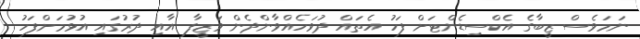
ނަމަވެސް ޒީބާގެ އެކްސިޑެންޓަށް ފަހު އެތައް ދުވަހެއްވާންދެން ވަޒީފާ އާއި ދުރުގައި އުޅުމަށްފަހު